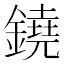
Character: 鐃